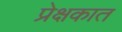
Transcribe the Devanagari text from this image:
प्रेक्षकात